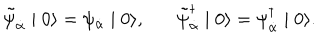
\tilde { \psi } _ { \dot { \alpha } } \mid 0 \rangle = \psi _ { \dot { \alpha } } \mid 0 \rangle , \tilde { \psi } _ { \dot { \alpha } } ^ { \dagger } \mid 0 \rangle = \psi _ { \dot { \alpha } } ^ { \dagger } \mid 0 \rangle .